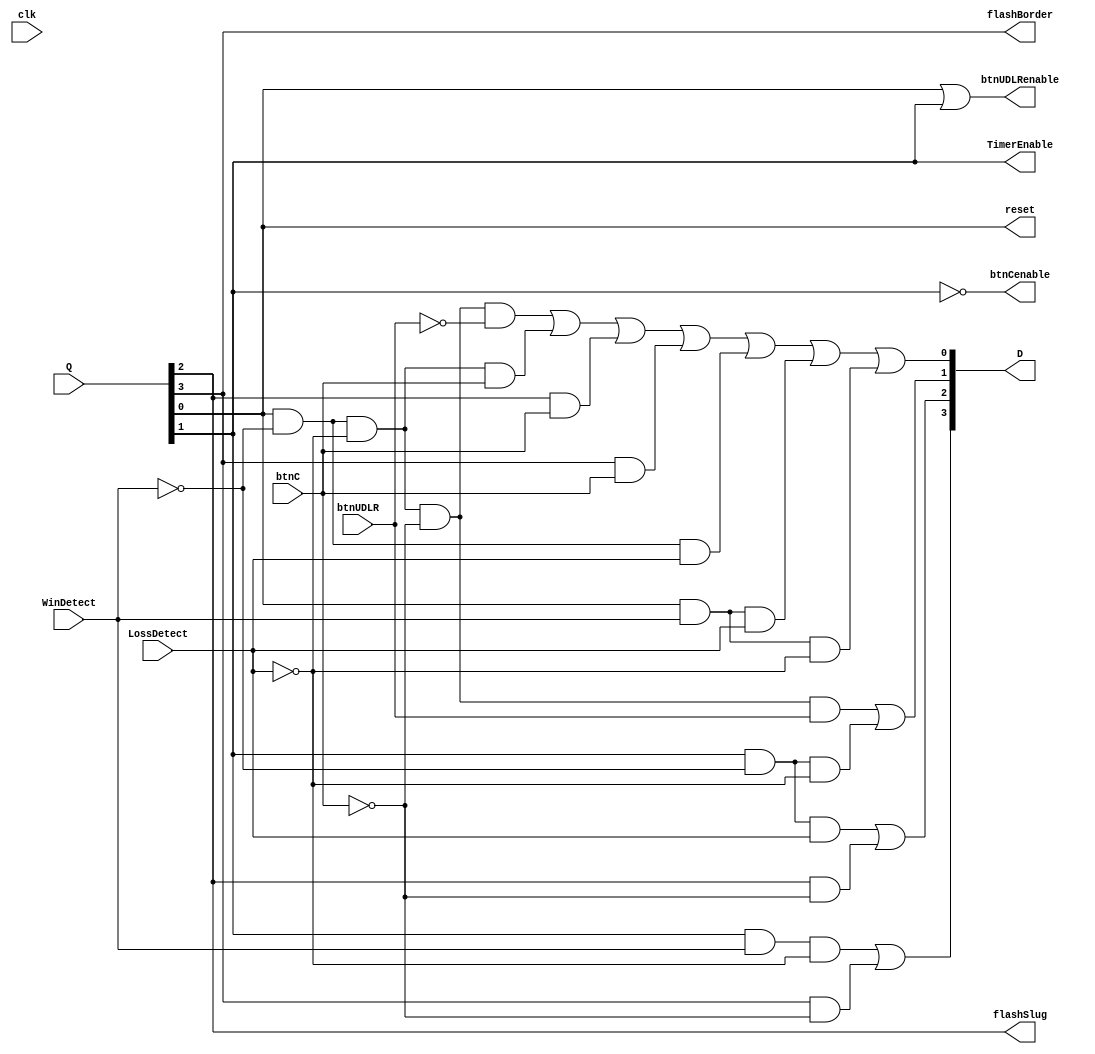
`timescale 1ns / 1ps
//////////////////////////////////////////////////////////////////////////////////
// Company: 
// Engineer: 
// 
// Design Name: 
// Module Name: TopStateMachineLogic
// Project Name: 
// Target Devices: 
// Tool Versions: 
// Description: 
// 
// Dependencies: 
// 
// Revision:
// Revision 0.01 - File Created
// Additional Comments:
// 
//////////////////////////////////////////////////////////////////////////////////


module TopStateMachineLogic(
    input clk,
    input btnUDLR,
    input btnC,
    input WinDetect,
    input LossDetect,
    input [3:0] Q,
    
    output reset,
    output btnCenable,
    output btnUDLRenable,
    output TimerEnable,
    output flashSlug,
    output flashBorder,
    output [3:0] D
    );
    
    assign D[0] = (Q[0] & ~WinDetect & ~LossDetect & ~btnC & ~btnUDLR) | (Q[0] & ~WinDetect & ~LossDetect & btnC) | (Q[2] & btnC) |
                  (Q[3] &  btnC) | (Q[0] & ~WinDetect & LossDetect) | (Q[0] & WinDetect & LossDetect) | (Q[0] & WinDetect & ~LossDetect);
    assign D[1] = (Q[0] & ~WinDetect & ~LossDetect & ~btnC & btnUDLR) | (Q[1] & ~WinDetect & ~LossDetect);
    assign D[2] = (Q[1] & ~WinDetect & LossDetect) | (Q[2] & ~btnC);
    assign D[3] = (Q[1] & WinDetect & ~LossDetect) | (Q[3] & ~btnC);
    
    assign reset = Q[0];
    assign btnCenable = ~Q[1];
    assign btnUDLRenable = Q[0] | Q[1];
    assign TimerEnable = Q[1];
    assign flashSlug = Q[2];
    assign flashBorder = Q[3];
    
    
endmodule